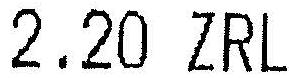
2.20 ZRL